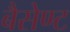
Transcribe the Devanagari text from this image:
बैसेण्ट